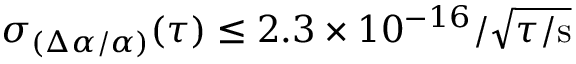
\sigma _ { ( \Delta \alpha / \alpha ) } ( \tau ) \le 2 . 3 \times 1 0 ^ { - 1 6 } / \sqrt { \tau / \mathrm { s } }